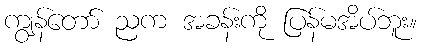
ကျွန်တော် ညက အခန်းကို ပြန်မအိပ်ဘူး။